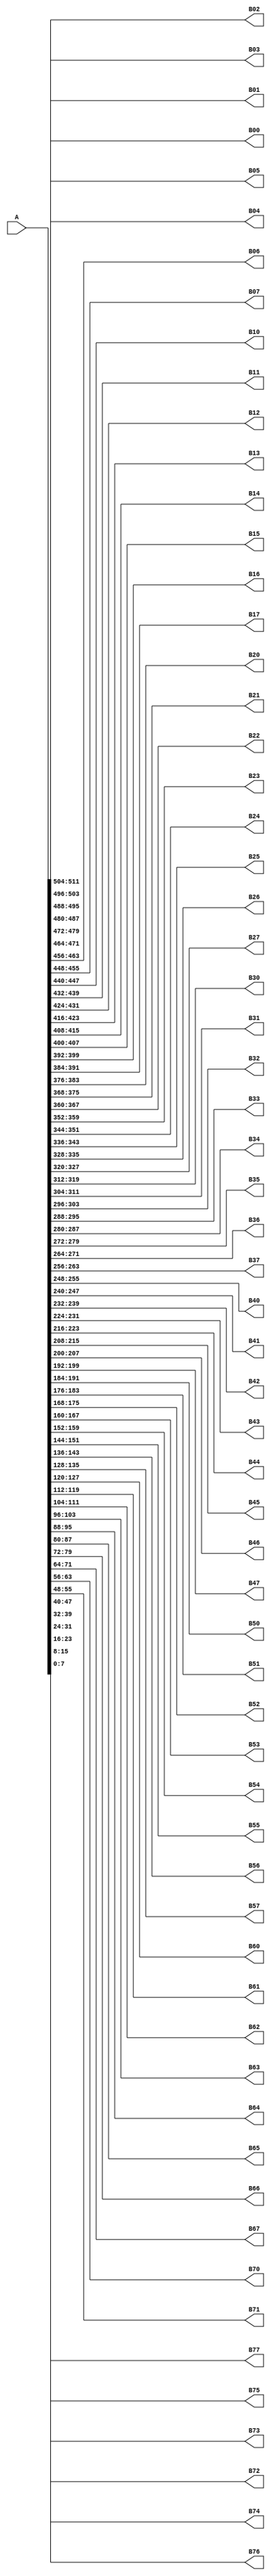
//======================================================================
//
// Module Name:    WHIRLPOOL_WCIPHER_MU
// Description:    Mu function of Whirlpool W-Cipher
//
// Language:       Verilog-2001
//
// Module Dependencies:  none
//
// Developer:  Saied H. Khayat
// URL: https://github.com/saiedhk
// 
// Copyright Notice: Free use of this library is permitted under the
// guidelines and in accordance with the MIT License (MIT).
// http://opensource.org/licenses/MIT
//
//======================================================================

`timescale 1ns/1ps

//`define DEBUG
`define PRINT_TEST_VECTORS

module WHIRLPOOL_WCIPHER_MU (
    output [7:0] B00, B01, B02, B03, B04, B05, B06, B07,
                 B10, B11, B12, B13, B14, B15, B16, B17,
                 B20, B21, B22, B23, B24, B25, B26, B27,
                 B30, B31, B32, B33, B34, B35, B36, B37,
                 B40, B41, B42, B43, B44, B45, B46, B47,
                 B50, B51, B52, B53, B54, B55, B56, B57,
                 B60, B61, B62, B63, B64, B65, B66, B67,
                 B70, B71, B72, B73, B74, B75, B76, B77,
    input  [0:511] A   // input bit string (bit order left to right)
);

//---------combinational processes----------

    assign B00 = A[0   : 7  ];
    assign B01 = A[8   : 15 ];
    assign B02 = A[16  : 23 ];
    assign B03 = A[24  : 31 ];
    assign B04 = A[32  : 39 ];
    assign B05 = A[40  : 47 ];
    assign B06 = A[48  : 55 ];
    assign B07 = A[56  : 63 ];
    assign B10 = A[64  : 71 ];
    assign B11 = A[72  : 79 ];
    assign B12 = A[80  : 87 ];
    assign B13 = A[88  : 95 ];
    assign B14 = A[96  : 103];
    assign B15 = A[104 : 111];
    assign B16 = A[112 : 119];
    assign B17 = A[120 : 127];
    assign B20 = A[128 : 135];
    assign B21 = A[136 : 143];
    assign B22 = A[144 : 151];
    assign B23 = A[152 : 159];
    assign B24 = A[160 : 167];
    assign B25 = A[168 : 175];
    assign B26 = A[176 : 183];
    assign B27 = A[184 : 191];
    assign B30 = A[192 : 199];
    assign B31 = A[200 : 207];
    assign B32 = A[208 : 215];
    assign B33 = A[216 : 223];
    assign B34 = A[224 : 231];
    assign B35 = A[232 : 239];
    assign B36 = A[240 : 247];
    assign B37 = A[248 : 255];
    assign B40 = A[256 : 263];
    assign B41 = A[264 : 271];
    assign B42 = A[272 : 279];
    assign B43 = A[280 : 287];
    assign B44 = A[288 : 295];
    assign B45 = A[296 : 303];
    assign B46 = A[304 : 311];
    assign B47 = A[312 : 319];
    assign B50 = A[320 : 327];
    assign B51 = A[328 : 335];
    assign B52 = A[336 : 343];
    assign B53 = A[344 : 351];
    assign B54 = A[352 : 359];
    assign B55 = A[360 : 367];
    assign B56 = A[368 : 375];
    assign B57 = A[376 : 383];
    assign B60 = A[384 : 391];
    assign B61 = A[392 : 399];
    assign B62 = A[400 : 407];
    assign B63 = A[408 : 415];
    assign B64 = A[416 : 423];
    assign B65 = A[424 : 431];
    assign B66 = A[432 : 439];
    assign B67 = A[440 : 447];
    assign B70 = A[448 : 455];
    assign B71 = A[456 : 463];
    assign B72 = A[464 : 471];
    assign B73 = A[472 : 479];
    assign B74 = A[480 : 487];
    assign B75 = A[488 : 495];
    assign B76 = A[496 : 503];
    assign B77 = A[504 : 511];

endmodule